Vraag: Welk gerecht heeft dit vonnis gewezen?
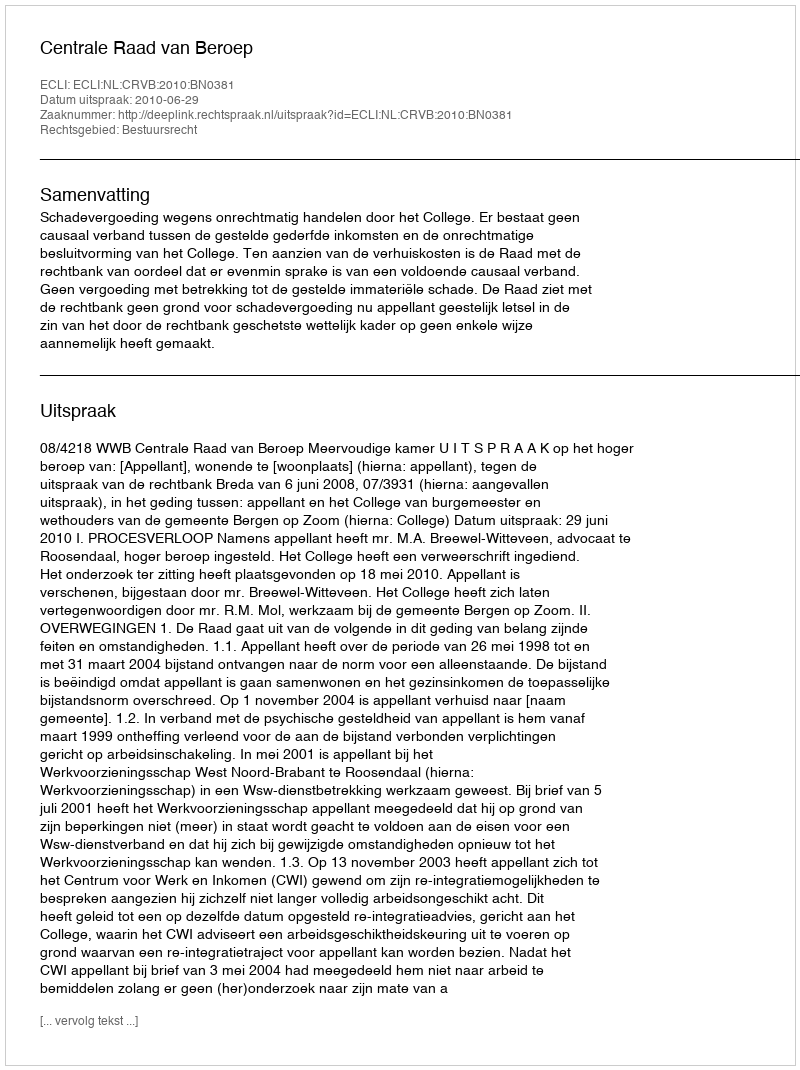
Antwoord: Centrale Raad van Beroep